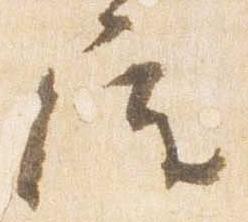
屋